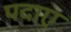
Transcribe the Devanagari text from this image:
पदाए